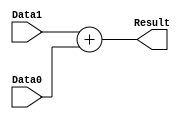
/******************************************************************
* Description
*	This is a  an adder that can be parameterized in its bit-width.
*	1.0
* Author:
*	Dr. Jos Luis Pizano Escalante
* email:
*	luispizano@iteso.mx
* Date:
*	16/08/2021
******************************************************************/

module Adder_32_Bits
#
(
	parameter NBits=32
)
(
	input [NBits-1:0] Data0,
	input [NBits-1:0] Data1,
	
	output [NBits-1:0] Result
);

assign Result = Data1 + Data0;


endmodule